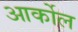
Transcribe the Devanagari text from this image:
आर्कोल